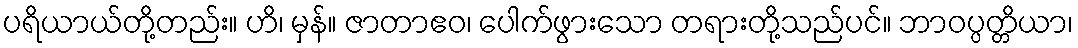
ပရိယာယ်တို့တည်း။ ဟိ၊ မှန်။ ဇာတာဧဝ၊ ပေါက်ဖွားသော တရားတို့သည်ပင်။ ဘာဝပ္ပတ္တိယာ၊